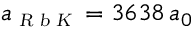
a _ { \scriptscriptstyle \textsl { R b K } } = 3 6 3 8 \, a _ { 0 }